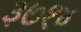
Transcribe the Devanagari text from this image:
३७१४